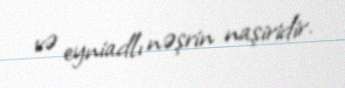
və eyniadlı nəşrin naşiridir.